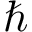
\hbar